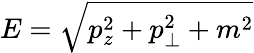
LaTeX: E=\sqrt{p_{z}^{2}+p_{\perp}^{2}+m^{2}}